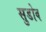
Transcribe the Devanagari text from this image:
सुडोव